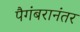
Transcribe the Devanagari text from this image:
पैगंबरानंतर